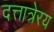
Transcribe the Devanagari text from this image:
दत्तात्रेरय